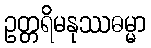
ဥတ္တရိမနုဿဓမ္မာ